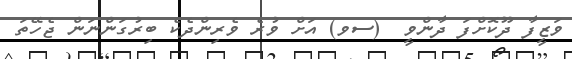
ވަޒީފާ ދޫކޮށްފަ ދާންވީ  (ސވ) އަށް ވުރެ ވެރިންދެކެ ބިރުގަންނަން ޖެހޭތަ